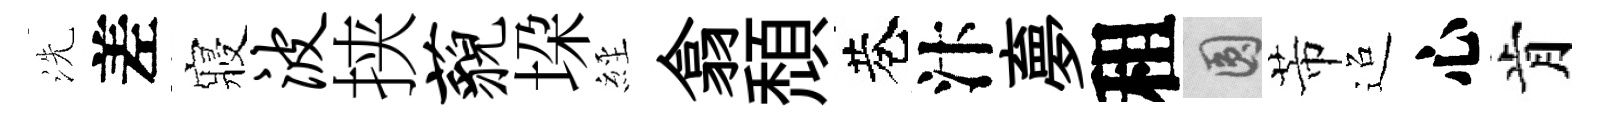
洗差寢波挟藐垜𦀇翕頹巷汴夣租圓芾迢心肯